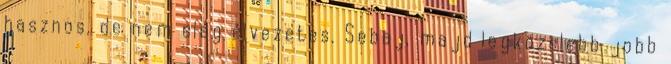
hasznos, de nem elég élvezetes. Sebaj, majd legközelebb jobb